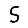
Digit: 5